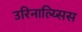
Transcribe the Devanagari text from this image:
उरिनाल्य्सिस